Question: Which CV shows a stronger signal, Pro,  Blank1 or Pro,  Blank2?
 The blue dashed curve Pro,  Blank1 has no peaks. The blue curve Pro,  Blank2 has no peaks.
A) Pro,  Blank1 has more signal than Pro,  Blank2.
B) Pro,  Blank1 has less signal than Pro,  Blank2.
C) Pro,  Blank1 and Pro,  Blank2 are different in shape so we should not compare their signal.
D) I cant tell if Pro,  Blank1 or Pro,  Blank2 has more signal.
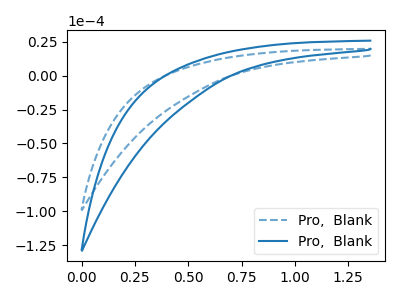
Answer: <think>Neither "Pro,  Blank1" or "Pro,  Blank2" have any peaks.
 </think>
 <answer>D) I cant tell if "Pro,  Blank1" or "Pro,  Blank2" has more signal.</answer>
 <eval>D</eval>